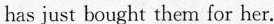
has just bought them for her.